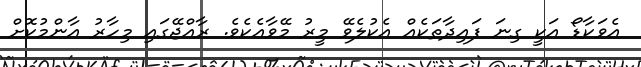
އެވަކާޑޯ އަކީ ގިނަ ފައިދާތަކެއް އެކުލެވޭ މީރު މޭވާއެކެވެ. ރާއްޖޭގައި މިހާރު އާންމުކޮށް